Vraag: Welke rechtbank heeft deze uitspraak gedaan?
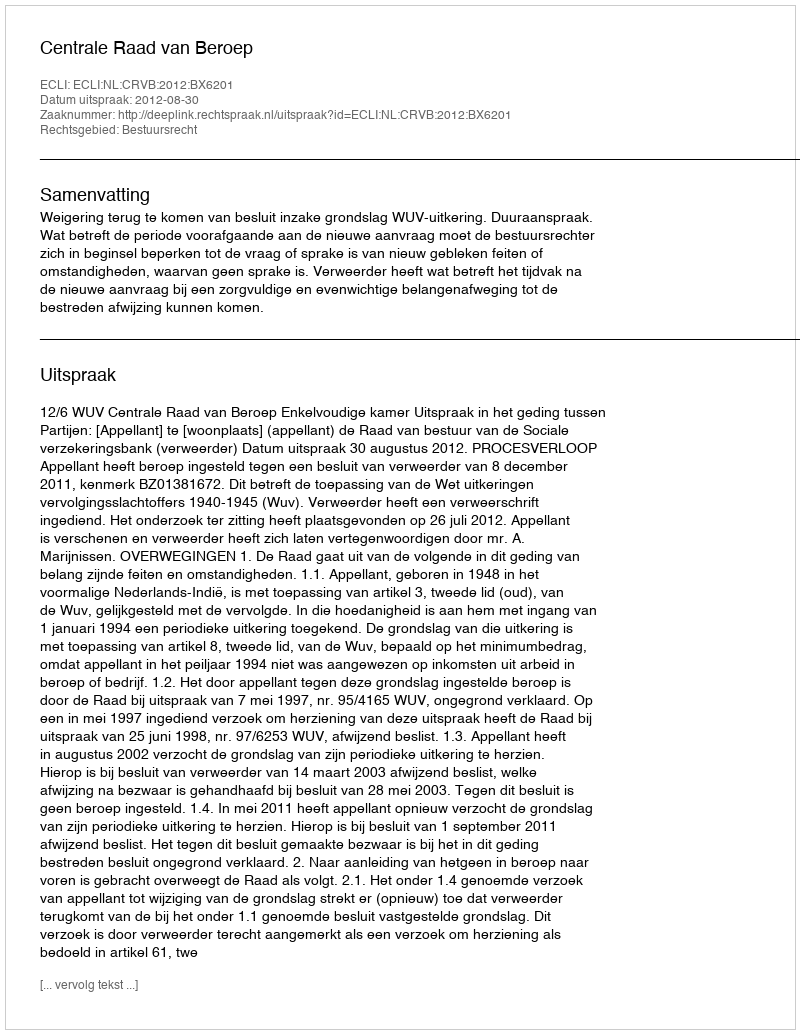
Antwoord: Centrale Raad van Beroep